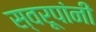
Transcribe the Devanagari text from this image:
स्वरूपांनी